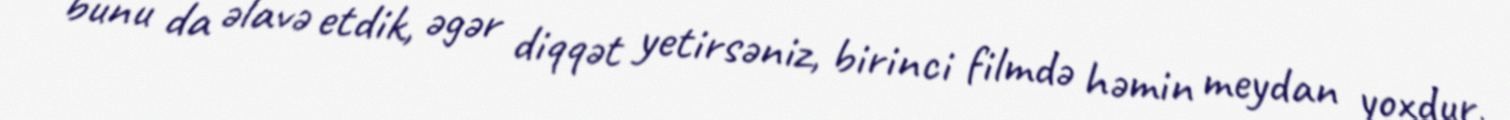
bunu da əlavə etdik, əgər diqqət yetirsəniz, birinci filmdə həmin meydan yoxdur,